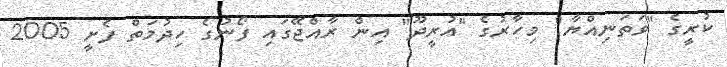
ކުރީގެ "ވަތަނިއްޔާ" މިހާރުގެ "އުރީދޫ" އިން ރާއްޖޭގައި ފޯނުގެ ހިދުމަތް ފެށީ 2005